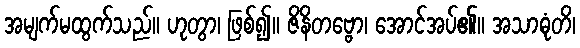
အမျက်မထွက်သည်။ ဟုတွာ၊ ဖြစ်၍။ ဇိနိတဗ္ဗော၊ အောင်အပ်၏။ အသာဓုံတိ၊